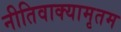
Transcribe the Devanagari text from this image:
नीतिवाक्यामृतम